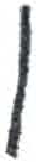
אות: ן